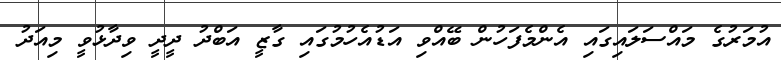
އުމަރުގެ މައްސަލައިގައި އެންމެފަހުން ބޭއްވި އަޑުއެހުމުގައި ގާޒީ އަބްދު ދީދީ ވިދާޅުވީ މިއަދު